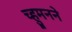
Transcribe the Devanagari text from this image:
च्हुमनने